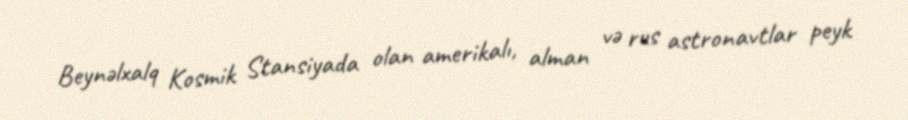
Beynəlxalq Kosmik Stansiyada olan amerikalı, alman və rus astronavtlar peyk